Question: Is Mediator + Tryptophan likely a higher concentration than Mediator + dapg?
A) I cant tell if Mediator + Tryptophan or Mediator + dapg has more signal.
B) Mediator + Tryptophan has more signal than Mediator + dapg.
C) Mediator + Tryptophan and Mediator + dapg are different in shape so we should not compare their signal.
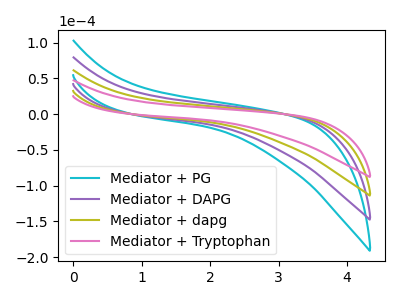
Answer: <think>The cyan curve "Mediator + PG" has no peaks. The purple curve "Mediator + DAPG" has no peaks. The olive curve "Mediator + dapg" has no peaks. The pink curve "Mediator + Tryptophan" has no peaks.
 Neither "Mediator + Tryptophan" or "Mediator + dapg" have any peaks.</think>
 <answer>A) I cant tell if "Mediator + Tryptophan" or "Mediator + dapg" has more signal.</answer>
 <eval>A</eval>